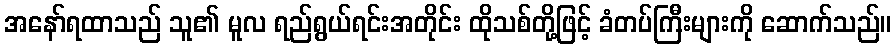
အနော်ရထာသည် သူ၏ မူလ ရည်ရွယ်ရင်းအတိုင်း ထိုသစ်တို့ဖြင့် ခံတပ်ကြီးများကို ဆောက်သည်။